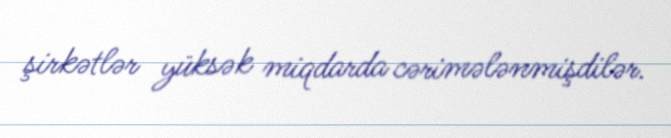
şirkətlər yüksək miqdarda cərimələnmişdilər.